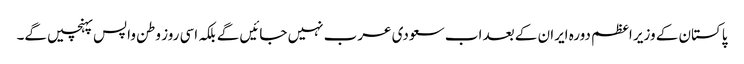
پاکستان کے وزیر اعظم دورہ ایران کے بعد اب سعودی عرب نہیں جائیں گے بلکہ اسی روز وطن واپس پہنچیں گے۔